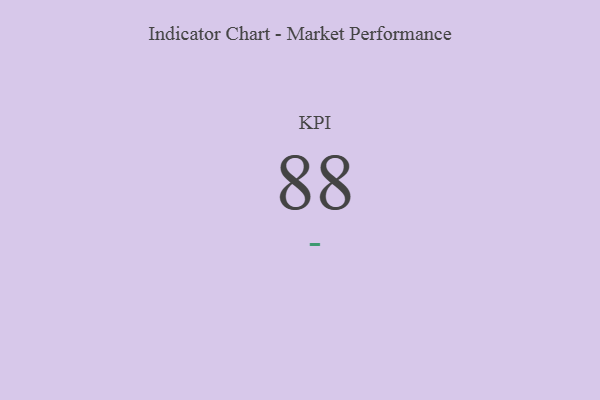
{"axis": {"x": "KPI", "y": "Value"}, "legend": [""], "data": [{"x": "KPI", "y": 88, "type": ""}]}